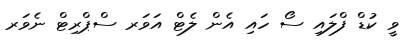
ވީ ކުޑް ފްލައި ސޯ ހައި އެން ލެޓް އަވަރ ސްޕްރިޓް ނެވަރ